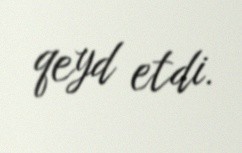
qeyd etdi.